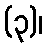
(၃)၊